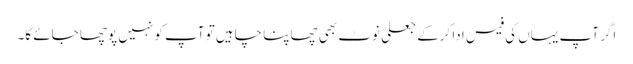
اگر آپ یہاں کی فیس ادا کرکے جعلی نوٹ بھی چھاپنا چاہیں تو آپ کو نہیں پوچھا جائے گا۔